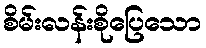
စိမ်းလန်းစိုပြေသော